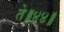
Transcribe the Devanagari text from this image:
ते॥४४॥